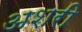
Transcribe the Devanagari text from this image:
अशरी